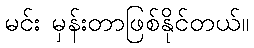
မင်း မှန်းတာဖြစ်နိုင်တယ်။